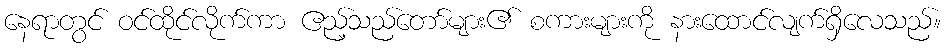
နေရာတွင် ဝင်ထိုင်လိုက်ကာ ဧည့်သည်တော်များ၏ စကားများကို နားထောင်လျက်ရှိလေသည်။